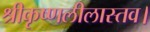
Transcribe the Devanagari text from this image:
श्रीकृष्णलीलास्तव।